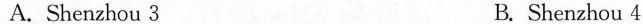
C. Chang'e 3 D. Chang'e 4